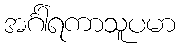
အင်္ဂါရကာသူပမာ